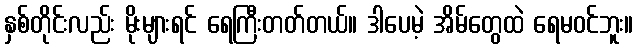
နှစ်တိုင်းလည်း မိုးများရင် ရေကြီးတတ်တယ်။ ဒါပေမဲ့ အိမ်တွေထဲ ရေမဝင်ဘူး။